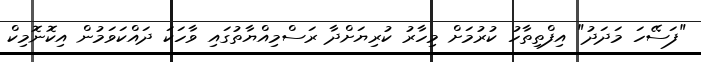
"ފަސޭހަ މަދަދު" އިފްތިތާހު ކުރުމަށް މިހާރު ކުރިޔަށްދާ ރަސްމިއްޔާތުގައި ވާހަކަ ދައްކަވަމުން އިކޮނޮމިކް